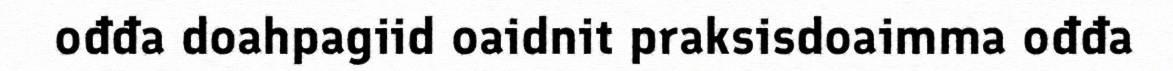
ođđa doahpagiid oaidnit praksisdoaimma ođđa